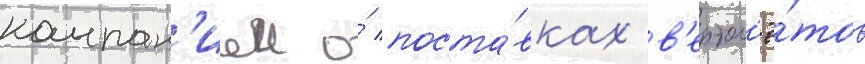
компан'иеи о́ поста́вках в'ертол'ё́тов